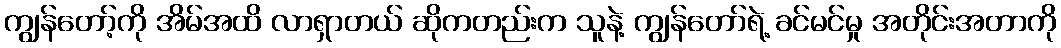
ကျွန်တော့်ကို အိမ်အထိ လာရှာတယ် ဆိုကတည်းက သူနဲ့ ကျွန်တော်ရဲ့ ခင်မင်မှု အတိုင်းအတာကို